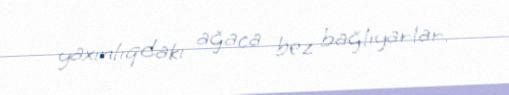
yaxınlıqdakı ağaca bez bağlıyarlar.